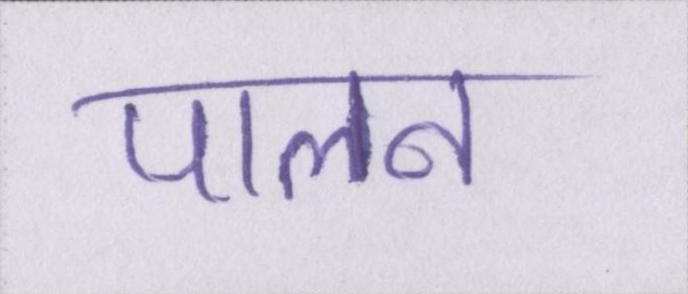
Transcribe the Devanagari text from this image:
पालन